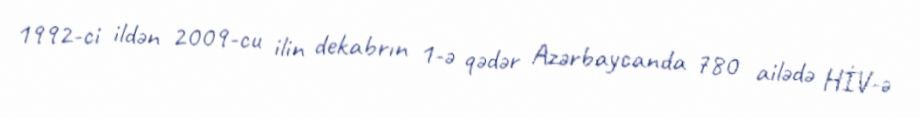
1992-ci ildən 2009-cu ilin dekabrın 1-ə qədər Azərbaycanda 780 ailədə HİV-ə